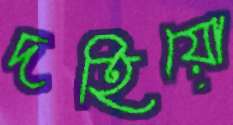
দহিয়ো